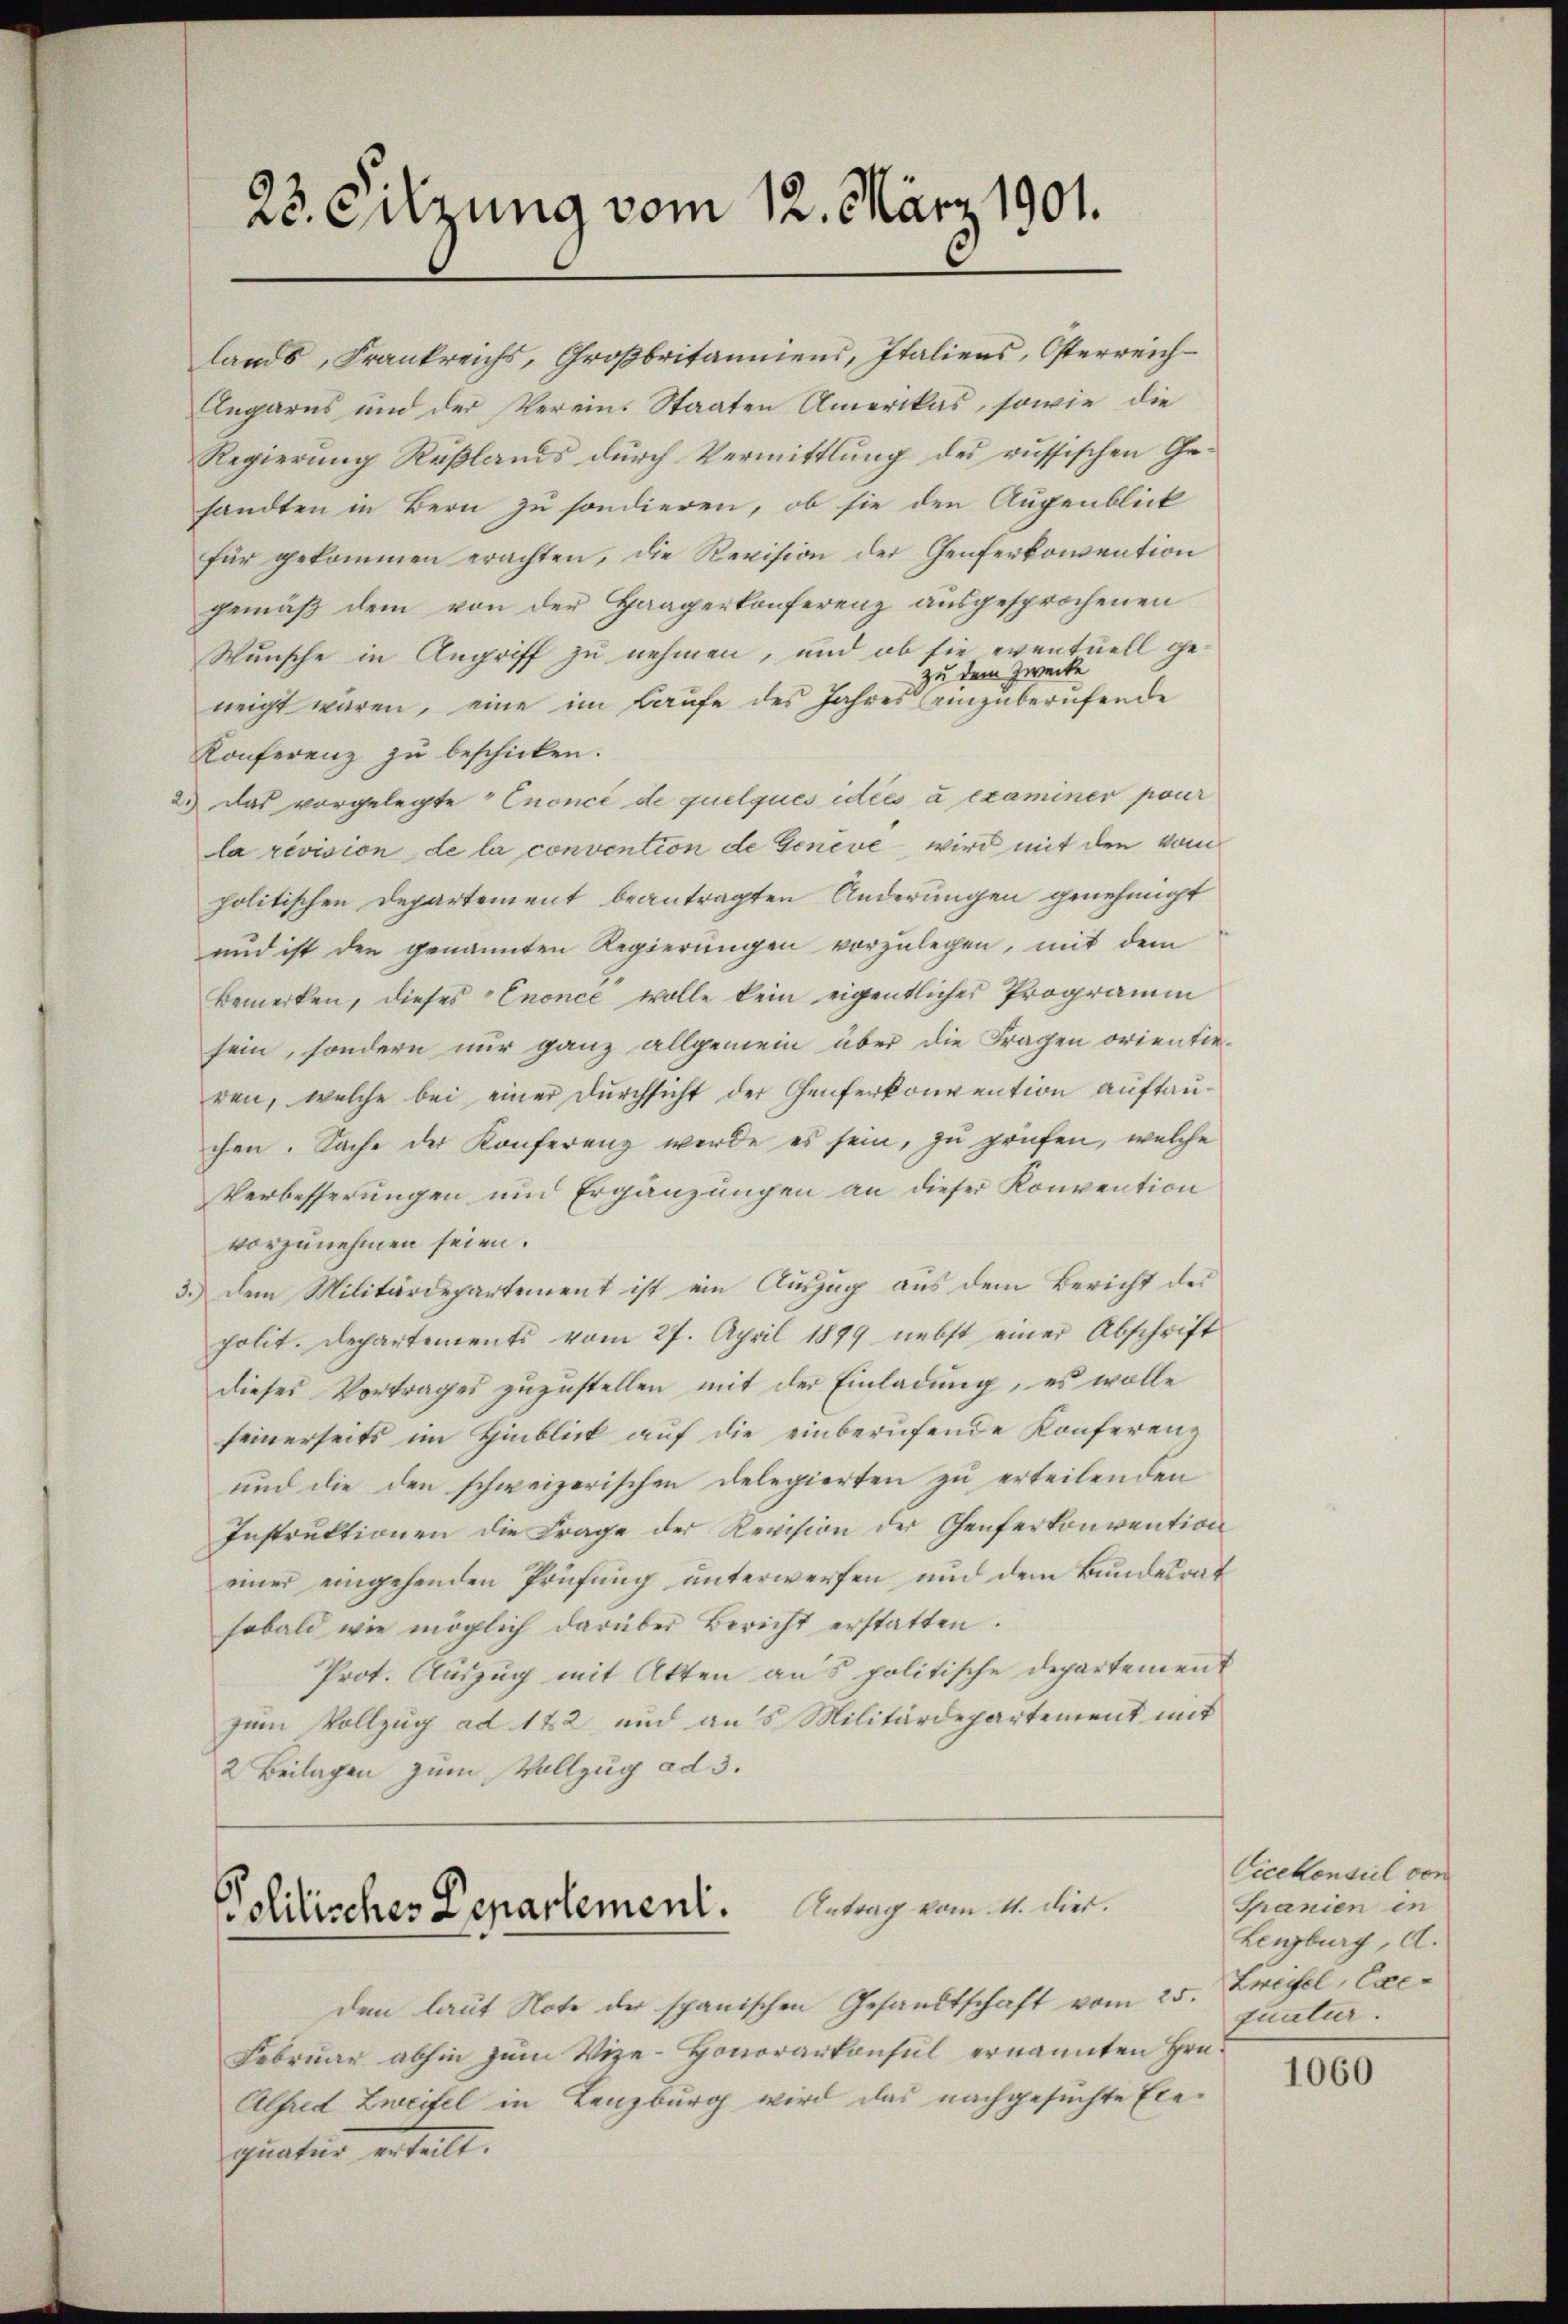
23. Sitzung vom 12. März 1901.

lands, Frankreichs, Großbritanniens, Italiens, Osterreich
Angarns und der Verein. Staaten Amerikas, sowie die
Regierung Rußlands durch Vermittlung des russischen Gesandten in Bern zu sondieren, ob sie den Augenblick
für gekommen erachten, die Revision der Genferkomention
gemäß dem von der Haagerkonferenz ausgesprochenen
Wunsche in Angriff zu nehmen, und ob sie eventuell gezu dem Zwecke
neigt waren, eine im Laufe des Jahres einzuberufende
Konferenz zu beschicken.
2.) Das vorgelegte Cnoncé de quelques idées à examiner pour
la revision de la convention de Geneve wird mit den vom
politischen Departement beantragten Änderungen genehmigt
und ist den genannten Regierŭngen vorzŭlegen, mit dem
Bemerken, dieses Enonce wolle kein eigentliches Programm
sein, sondern nur ganz allgemein über die Fragen orientieren, welche bei einer Durchsicht der Genferkonvention auftauchen. Sache der Konferenz werde es sein, zu prüfen, welche
Verbesserungen und Ergänzungen an dieser Konvention
vorzunehmen seien.
3.) Dem Militärdepartement ist ein Auszug aus dem Bericht der
polit. Departements vom 27. April 1899 nebst einer Abschrift
dieses Vortrages zuzustellen mit der Einladung, es wolle
seinerseits im Hinblick auf die einberufende Konferenz
und die den schweizerischen Delegierten zu erteilenden
Instruktionen die Frage der Revision der Genferkonvention
einer eingehenden Prüfung unterwerfen und dem Bundesrat
sobald wie möglich darüber Bericht erstatten.
Prot. Auszug mit Akten aus politische Departement
zum Vollzug ad 122 und aus Militärdepartement mit
2 Beilagen zum Vollzug ad 3.

Antrag vom 11. dies.
Politisches Departement.

dem laŭt Note der spanischen Gesandtschaft vom 25.
Februar abhin zum Vize-Honorarkonsul ernannten Hrn.
Alfred Zweifel in Lenzburg wird das nachgesuchte Exequatur erteilt.

Vicekonsul von
Granien in
Lenzburg, d.
Zweifel, Exequutur.

1060